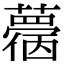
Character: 𧁌